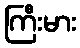
ကြီးမား